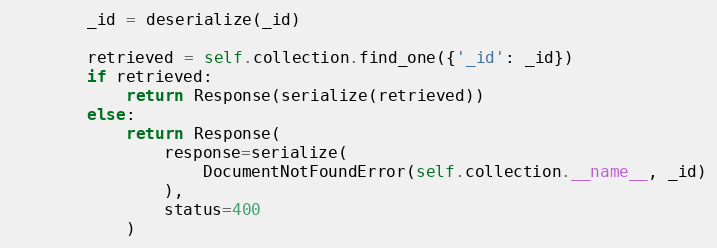
Language: Python
        _id = deserialize(_id)

        retrieved = self.collection.find_one({'_id': _id})
        if retrieved:
            return Response(serialize(retrieved))
        else:
            return Response(
                response=serialize(
                    DocumentNotFoundError(self.collection.__name__, _id)
                ),
                status=400
            )